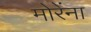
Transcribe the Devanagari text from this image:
मोरेंना